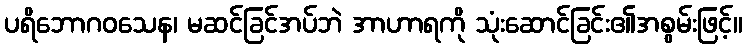
ပရိဘောဂဝသေန၊ မဆင်ခြင်အပ်ဘဲ အာဟာရကို သုံးဆောင်ခြင်း၏အစွမ်းဖြင့်။